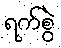
ရက်စွဲ